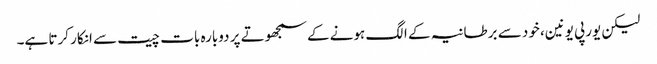
لیکن یورپی یونین، خود سے برطانیہ کے الگ ہونے کے سمجھوتے پر دوبارہ بات چیت سے انکار کرتا ہے۔